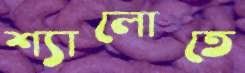
শ্যালোতে